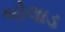
બોલાડ